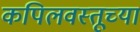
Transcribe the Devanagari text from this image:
कपिलवस्तूच्या